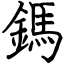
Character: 鎷